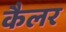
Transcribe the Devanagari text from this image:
कैलर